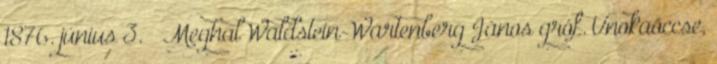
1876. június 3. – Meghal Waldstein-Wartenberg János gróf. Unokaöccse,